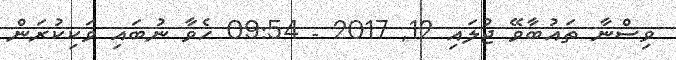
ވިސްނާ ތައުބާވޭ ޖުލައި 12